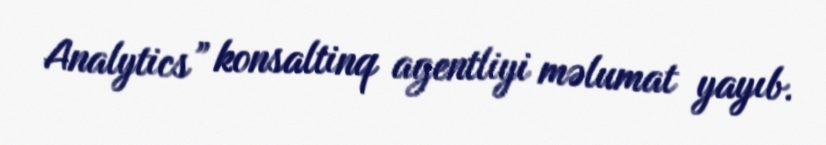
Analytics” konsaltinq agentliyi məlumat yayıb.